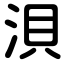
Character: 浿